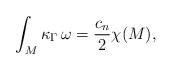
LaTeX: \begin{align*}\int_M \kappa_\Gamma \, \omega = \frac{c_n}{2} \chi(M),\end{align*}